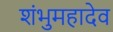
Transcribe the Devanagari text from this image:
शंभुमहादेव